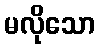
မလိုသော